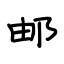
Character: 邮